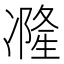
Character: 𠘓